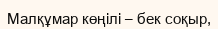
Малқұмар көңілі – бек соқыр,